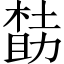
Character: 𪳌